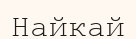
Найкай